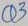
Text: Q3